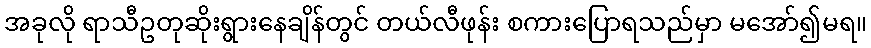
အခုလို ရာသီဥတုဆိုးရွားနေချိန်တွင် တယ်လီဖုန်း စကားပြောရသည်မှာ မအော်၍မရ။